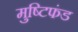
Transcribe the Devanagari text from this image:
मुष्टिफंड